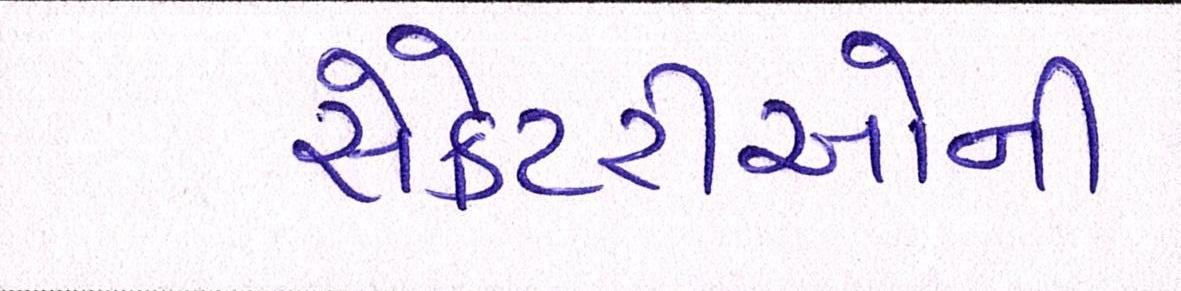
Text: સેક્રેટરીઓની